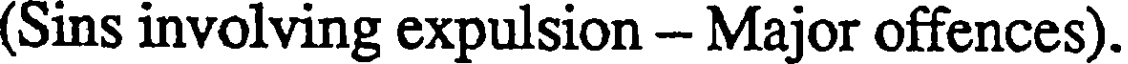
(Sins involving expulsion - Major offences).